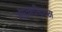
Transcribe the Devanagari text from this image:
ओएनडीएएस